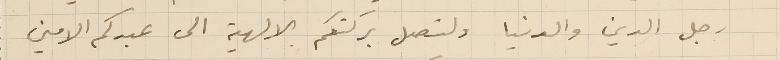
رجل الدين والدنيا ولتصل بركتكم الالهية الى عبدكم الامين